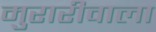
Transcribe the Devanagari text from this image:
मुरारीवाला